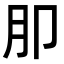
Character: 𭨤